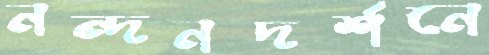
নন্দনদর্শনে